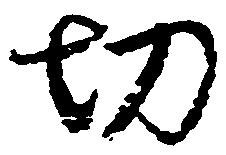
切